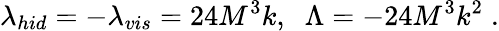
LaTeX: \lambda_{hid}=-\lambda_{vis}=24M^{3}k,\; \; \Lambda=-24M^{3}k^{2}\; .